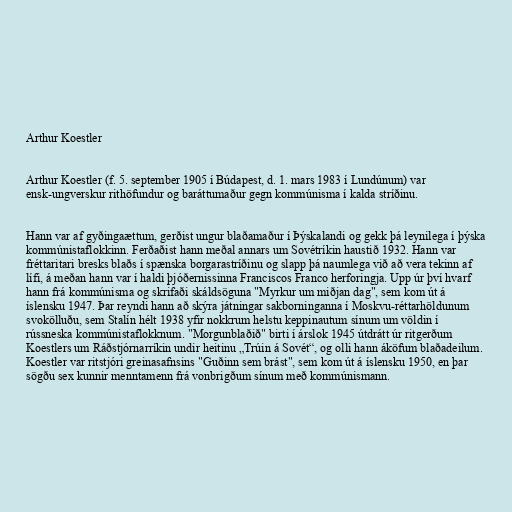
Arthur Koestler

Arthur Koestler (f. 5. september 1905 í Búdapest, d. 1. mars 1983 í Lundúnum) var
ensk-ungverskur rithöfundur og baráttumaður gegn kommúnisma í kalda stríðinu.

Hann var af gyðingaættum, gerðist ungur blaðamaður í Þýskalandi og gekk þá leynilega í þýska
kommúnistaflokkinn. Ferðaðist hann meðal annars um Sovétríkin haustið 1932. Hann var
fréttaritari bresks blaðs í spænska borgarastríðinu og slapp þá naumlega við að vera tekinn af
lífi, á meðan hann var í haldi þjóðernissinna Franciscos Franco herforingja. Upp úr því hvarf
hann frá kommúnisma og skrifaði skáldsöguna "Myrkur um miðjan dag", sem kom út á
íslensku 1947. Þar reyndi hann að skýra játningar sakborninganna í Moskvu-réttarhöldunum
svokölluðu, sem Stalín hélt 1938 yfir nokkrum helstu keppinautum sínum um völdin í
rússneska kommúnistaflokknum. "Morgunblaðið" birti í árslok 1945 útdrátt úr ritgerðum
Koestlers um Ráðstjórnarríkin undir heitinu „Trúin á Sovét“, og olli hann áköfum blaðadeilum.
Koestler var ritstjóri greinasafnsins "Guðinn sem brást", sem kom út á íslensku 1950, en þar
sögðu sex kunnir menntamenn frá vonbrigðum sínum með kommúnismann.